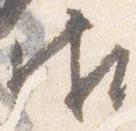
御